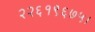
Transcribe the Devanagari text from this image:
२२६१९६७५।